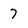
Character: 7